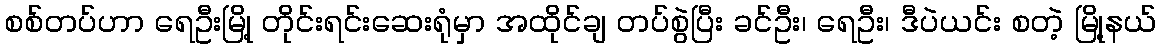
စစ်တပ်ဟာ ရေဦးမြို့ တိုင်းရင်းဆေးရုံမှာ အထိုင်ချ တပ်စွဲပြီး ခင်ဦး၊ ရေဦး၊ ဒီပဲယင်း စတဲ့ မြို့နယ်